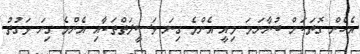
އެހެން ގޮތަކަށް ބުނާނަމަ މިއީ އެންމެ ގިނަ ވަސީލަތްތަކާއި އެންމެ ގިނަ ވަގުތު